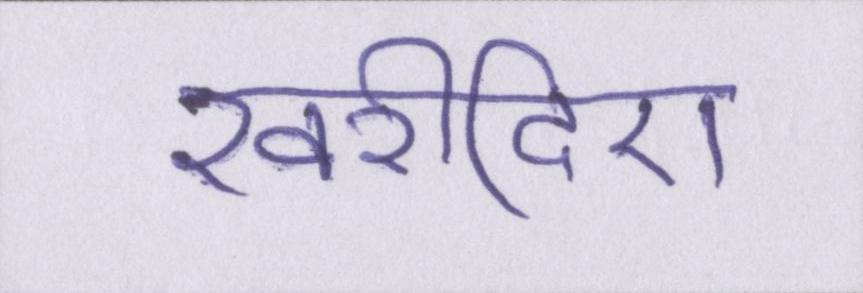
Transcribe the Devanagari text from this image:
खरीदिए